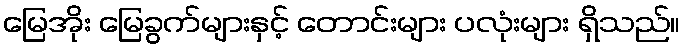
မြေအိုး မြေခွက်များနှင့် တောင်းများ ပလုံးများ ရှိသည်။